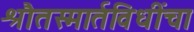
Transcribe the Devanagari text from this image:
श्रौतस्मार्तविधींचा